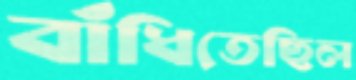
বাঁধিতেছিল